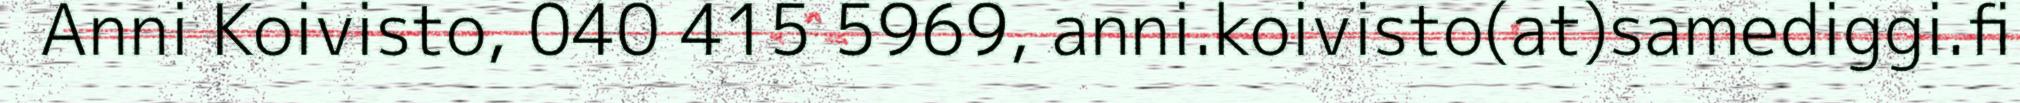
Anni Koivisto, 040 415 5969, anni.koivisto(at)samediggi.fi